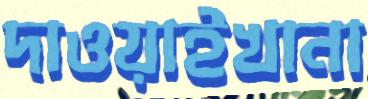
দাওয়াইখানা